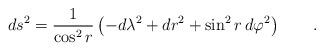
LaTeX: \begin{align*} ds^2=\frac 1{\cos^2 r }\left( -d\lambda^2+d r^2+\sin^2 r \,d \varphi ^2\right) \qquad .\end{align*}